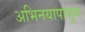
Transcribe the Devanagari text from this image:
अभिनयापासून